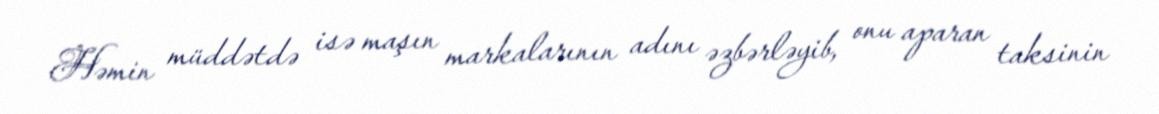
Həmin müddətdə isə maşın markalarının adını əzbərləyib, onu aparan taksinin